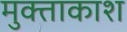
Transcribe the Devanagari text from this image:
मुक्ताकाश